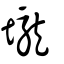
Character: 壠